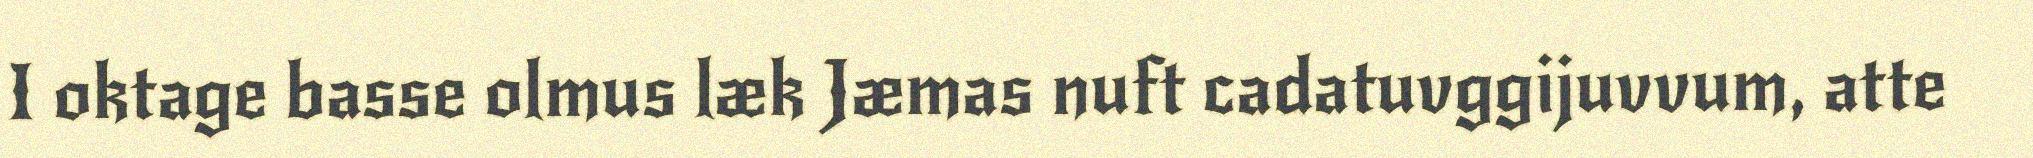
I oktage basse olmus læk Jæmas nuft cadatuvggijuvvum, atte